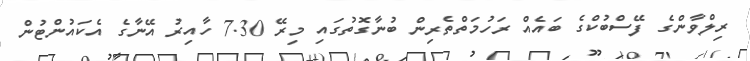
ރިލްވާންގެ ފޭސްބުކްގެ ބައެއް ރަހުމަތްތެރިން ބުނާގޮތުގައި މިރޭ 7.30 ހާއިރު އޭނާގެ އެކައުންޓުން